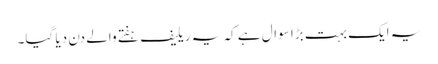
یہ ایک بہت بڑا سوال ہے کہ یہ ریلیف ہفتے والے دن دیا گیا۔